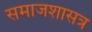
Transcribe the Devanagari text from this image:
समाजशासत्र